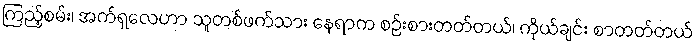
ကြည့်စမ်း၊ အက်ရှလေဟာ သူတစ်ဖက်သား နေရာက စဉ်းစားတတ်တယ်၊ ကိုယ်ချင်း စာတတ်တယ်